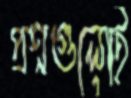
প্রশ্নগুলোই